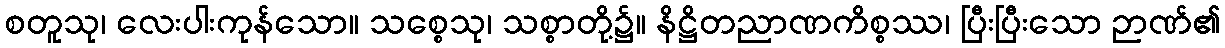
စတူသု၊ လေးပါးကုန်သော။ သစ္စေသု၊ သစ္စာတို့၌။ နိဋ္ဌိတညာဏကိစ္စဿ၊ ပြီးပြီးသော ဉာဏ်၏